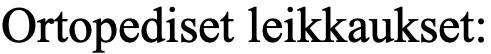
Ortopediset leikkaukset: